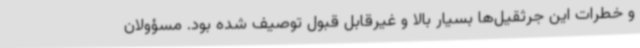
و خطرات این جرثقیل‌ها بسیار بالا و غیرقابل قبول توصیف شده بود. مسؤولان